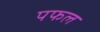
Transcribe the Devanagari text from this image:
पफल